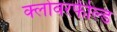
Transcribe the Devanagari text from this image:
क्लोवरफील्ड